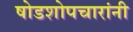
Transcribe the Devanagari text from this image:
षोडशोपचारांनी